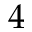
4